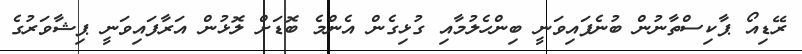
ރޭޑިއޯ ޕާކިސްތާނުން ބުނެފައިވަނީ ބިންހެލުމާއި ގުޅިގެން އެންމެ ބޮޑަށް ލޮޅުން އަރާފައިވަނީ ޕިޝާވަރުގެ